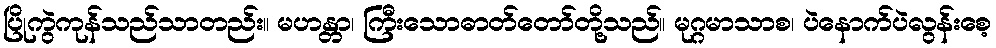
ပြိုကွဲကုန်သည်သာတည်း။ မဟန္တာ၊ ကြီးသောဓာတ်တော်တို့သည်။ မုဂ္ဂမာသာစ၊ ပဲနောက်ပဲလွန်းစေ့